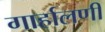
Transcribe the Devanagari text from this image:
गार्हालणी